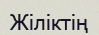
Жіліктің